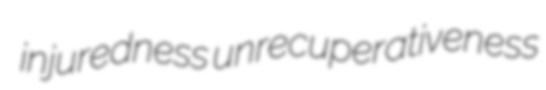
injuredness unrecuperativeness